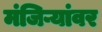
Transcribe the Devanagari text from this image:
मंजिऱ्यांवर